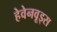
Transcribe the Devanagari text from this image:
हेवेनवूड्स